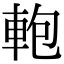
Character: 軳